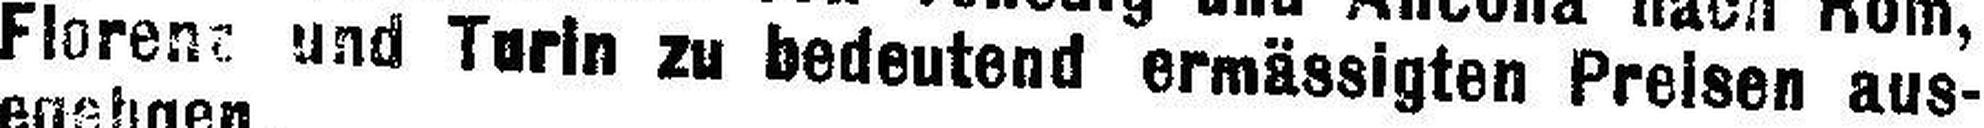
Florent und Turin zu bedeutend ermässigten Preisen aus¬